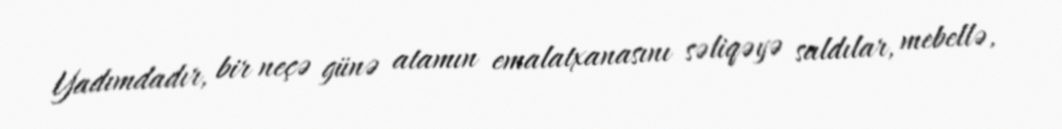
Yadımdadır, bir neçə günə atamın emalatxanasını səliqəyə saldılar, mebellə,